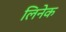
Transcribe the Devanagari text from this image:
लिनेक